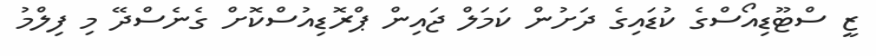
ޒީ ސްޓޫޑިއޯސްގެ ކުޑައިގެ ދަށުން ކަމަލް ޖައިން ޕްރޮޑިއުސްކޮށް ގެނެސްދޭ މި ފިލްމު